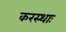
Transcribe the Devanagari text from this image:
करस्थाः